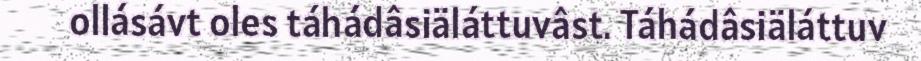
ollásávt oles táhádâsiäláttuvâst. Táhádâsiäláttuv